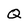
Character: Q